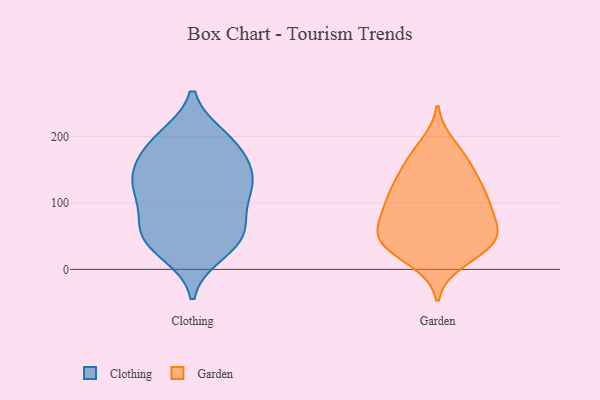
{"axis": {"x": "Inventory Turnover", "y": "Value"}, "legend": ["Clothing", "Garden"], "data": [{"x": "", "y": 43, "type": "Clothing"}, {"x": "", "y": 194, "type": "Clothing"}, {"x": "", "y": 142, "type": "Clothing"}, {"x": "", "y": 189, "type": "Clothing"}, {"x": "", "y": 139, "type": "Clothing"}, {"x": "", "y": 56, "type": "Clothing"}, {"x": "", "y": 62, "type": "Clothing"}, {"x": "", "y": 60, "type": "Clothing"}, {"x": "", "y": 140, "type": "Clothing"}, {"x": "", "y": 107, "type": "Clothing"}, {"x": "", "y": 40, "type": "Clothing"}, {"x": "", "y": 198, "type": "Clothing"}, {"x": "", "y": 143, "type": "Clothing"}, {"x": "", "y": 114, "type": "Clothing"}, {"x": "", "y": 25, "type": "Clothing"}, {"x": "", "y": 105, "type": "Clothing"}, {"x": "", "y": 178, "type": "Clothing"}, {"x": "", "y": 34, "type": "Garden"}, {"x": "", "y": 65, "type": "Garden"}, {"x": "", "y": 46, "type": "Garden"}, {"x": "", "y": 91, "type": "Garden"}, {"x": "", "y": 110, "type": "Garden"}, {"x": "", "y": 186, "type": "Garden"}, {"x": "", "y": 68, "type": "Garden"}, {"x": "", "y": 117, "type": "Garden"}, {"x": "", "y": 97, "type": "Garden"}, {"x": "", "y": 41, "type": "Garden"}, {"x": "", "y": 169, "type": "Garden"}, {"x": "", "y": 50, "type": "Garden"}, {"x": "", "y": 163, "type": "Garden"}, {"x": "", "y": 40, "type": "Garden"}, {"x": "", "y": 130, "type": "Garden"}, {"x": "", "y": 13, "type": "Garden"}, {"x": "", "y": 146, "type": "Garden"}, {"x": "", "y": 73, "type": "Garden"}, {"x": "", "y": 27, "type": "Garden"}, {"x": "", "y": 113, "type": "Garden"}]}